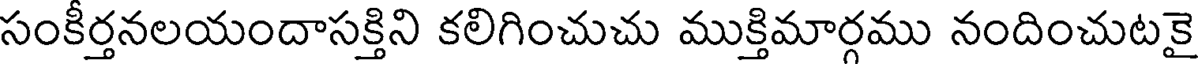
సంకీర్తనలయందాసక్తిని కలిగించుచు ముక్తిమార్గము నందించుటకై